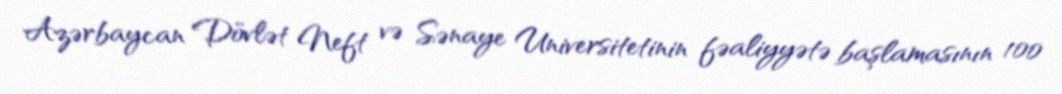
Azərbaycan Dövlət Neft və Sənaye Universitetinin fəaliyyətə başlamasının 100